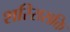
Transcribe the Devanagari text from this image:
शरिरासक्ति